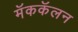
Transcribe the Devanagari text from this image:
मॅककॅलन